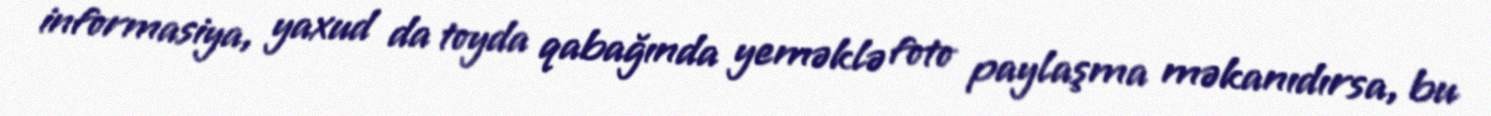
informasiya, yaxud da toyda qabağında yeməklə foto paylaşma məkanıdırsa, bu